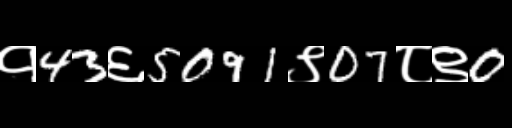
Text: १43६5091९07८९0